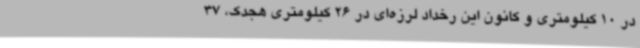
در 10 کیلومتری و کانون این رخداد لرزه‌ای در 26 کیلومتری هجدک، 37